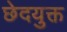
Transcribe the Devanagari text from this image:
छेदयुक्त